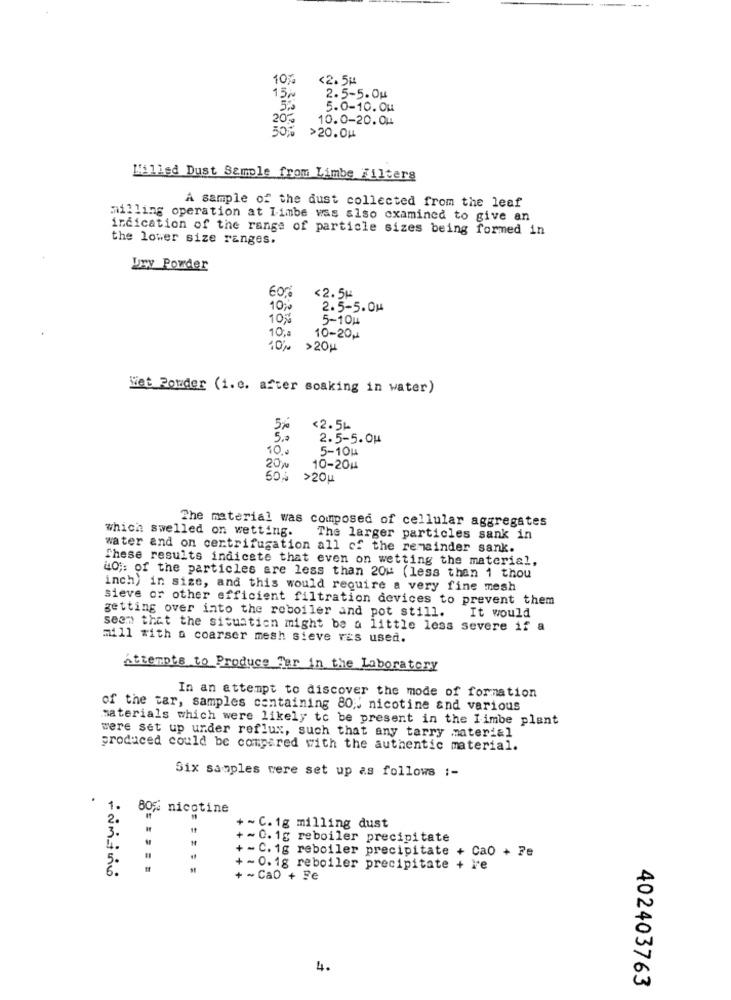
10%
<2. 5₽
15~
2.5-5.0u
5.
5.0-10. Ou
20%
10.0-20.04
50%
>20.0H
L'illed Dust Sample from Limbe Filters
A sample of the dust collected from the leaf
milling operation at Limbe was also examined to give an
indication of the range of particle sizes being formed in
the lower size ranges.
Uwv Powder
60%
<2.5M
10%
2.5-5.0H
10%
5-10#
10.ª
10-20p
10% >20g
Wet Powder (i.e. after soaking in water)
5%
<2.5k
5.0
2.5-5.04
10.
5-1014
20%
10-20H
50% >20g
The material was composed of cellular aggregates
which swelled on wetting.
The larger particles sank in
water and on centrifugation all of the remainder sank.
These results indicate that even on wetting the material,
40 ;: of the particles are less than 20" (less than 1 thou
inch) in size, and this would require a very fine mesh
sieve or other efficient filtration devices to prevent them
getting over into the reboiler and pot still.
It would
seem that the situation might be a little less severe if a
mill with a coarser mesh sieve ves used.
Attempts to Produce Ter in the Laboratory
In an attempt to discover the mode of formation
of the tar, samples containing 80 ;, nicotine and various
materials which were likely to be present in the Limbe plant
were set up under reflux, such that any tarry material
produced could be compared with the authentic material.
Six samples were set up as follows :-
1.
80% nicotine
2
3.
+ ~ C. 1g milling dust
+~0.1g reboiler precipitate
+ - C. 1g reboiler precipitate + Ca0 + Fe
+~0.1g reboiler precipitate + le
+ ~ Ca0 + Fe
4.
402403763